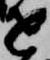
を